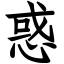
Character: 惑